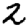
Digit: 2